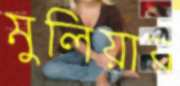
মুলিয়ার